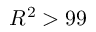
R ^ { 2 } > 9 9 \